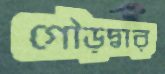
গৌড়দ্বার